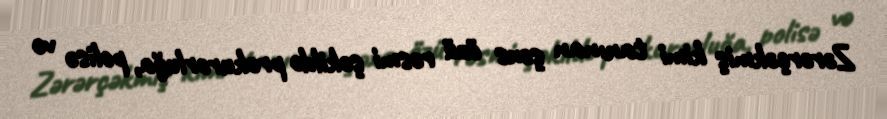
Zərərçəkmiş kimi tanınan şəxs özü rəsmi şəkildə prokurorluğa, polisə və